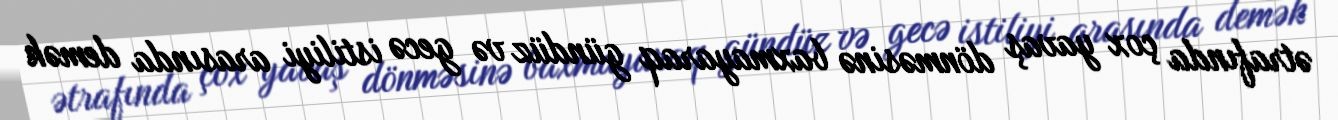
ətrafında çox yavaş dönməsinə baxmayaraq gündüz və gecə istiliyi arasında demək